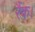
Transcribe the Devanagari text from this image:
रैंक।